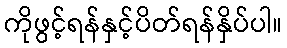
ကိုဖွင့်ရန်နှင့်ပိတ်ရန်နှိပ်ပါ။